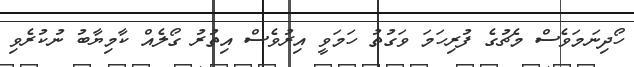
ހޯދިނަމަވެސް މެޗުގެ ފުރިހަމަ ވަގުތު ހަމަވީ އިރުވެސް އިތުރު ގޯލެއް ކާމިޔާބު ނުކުރެވި